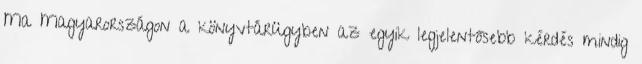
Ma Magyarországon a könyvtárügyben az egyik legjelentősebb kérdés mindig